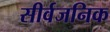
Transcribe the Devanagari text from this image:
सीर्वजनिक